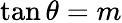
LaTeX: \tan\theta=m